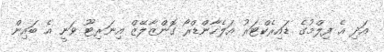
އަދި އެ ފިލްމުގެ ޑައިރެކްޓަރު އަލެހާންޑްރޯ ގޮންޒާލޭޒް އިނަރިޓޫ ވަނީ އެ ބައިން